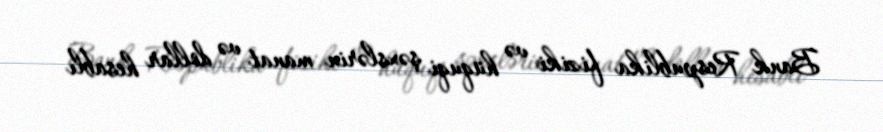
Bank Respublika fiziki və hüquqi şəxslərin manat və dollar hesablı